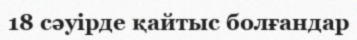
18 сәуірде қайтыс болғандар